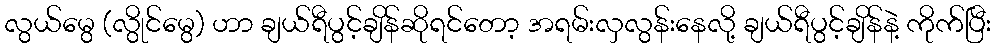
လွယ်မွေ (လွိုင်မွေ) ဟာ ချယ်ရီပွင့်ချိန်ဆိုရင်တော့ အရမ်းလှလွန်းနေလို့ ချယ်ရီပွင့်ချိန်နဲ့ ကိုက်ပြီး